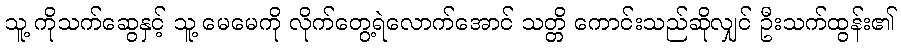
သူ့ ကိုသက်ဆွေနှင့် သူ့ မေမေကို လိုက်တွေ့ရဲလောက်အောင် သတ္တိ ကောင်းသည်ဆိုလျှင် ဦးသက်ထွန်း၏